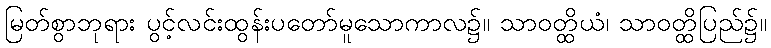
မြတ်စွာဘုရား ပွင့်လင်းထွန်းပတော်မူသောကာလ၌။ သာဝတ္ထိယံ၊ သာဝတ္ထိပြည်၌။